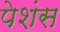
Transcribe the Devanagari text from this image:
पेशंस